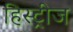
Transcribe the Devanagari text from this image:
हिस्ट्रीज